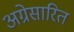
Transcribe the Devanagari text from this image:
अग्रेसारित